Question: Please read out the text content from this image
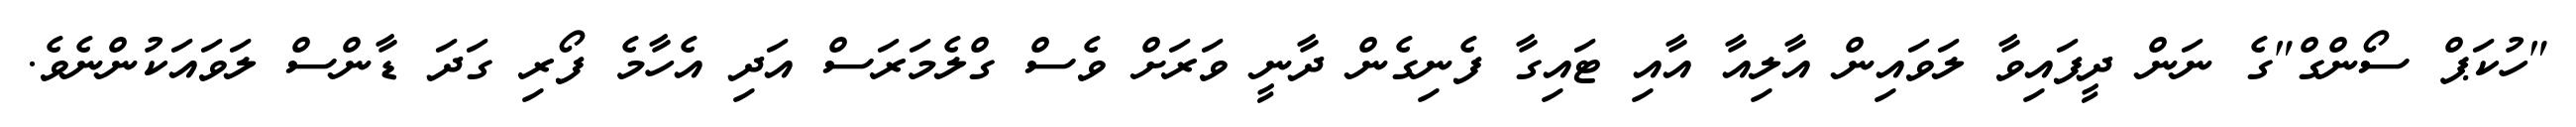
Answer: "ހުކަޕް ސޯންގް"ގެ ނަން ދީފައިވާ ލަވައިން އާލިއާ އާއި ޓައިގާ ފެނިގެން ދާނީ ވަރަށް ވެސް ގްލެމަރަސް އަދި އެހާމެ ފޯރި ގަދަ ޑާންސް ލަވައަކުންނެވެ.